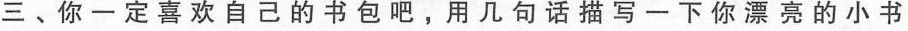
三、你一定喜欢自己的书包吧，用几句话描写一下你漂亮的小书